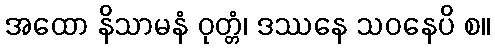
အထော နိသာမနံ ဝုတ္တံ၊ ဒဿနေ သဝနေပိ စ။